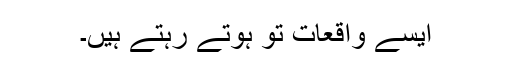
ایسے واقعات تو ہوتے رہتے ہیں۔